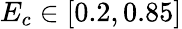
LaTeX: E_{c}\in[0.2,0.85]